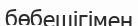
бөбешігімен